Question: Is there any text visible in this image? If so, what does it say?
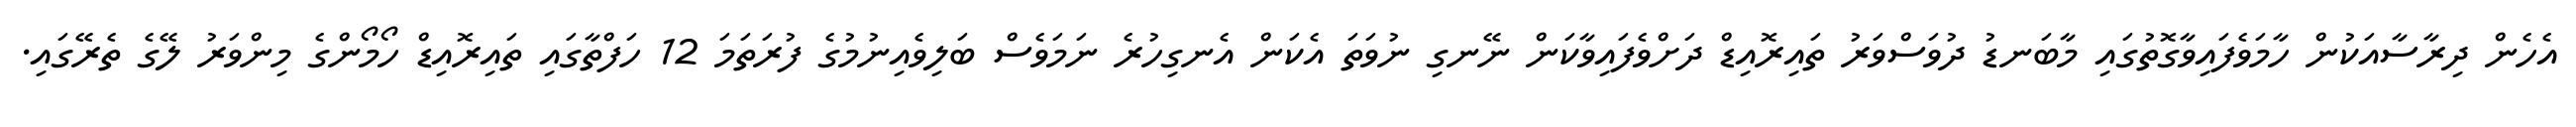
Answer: އެހެން ދިރާސާއަކުން ހާމަވެފައިވާގޮތުގައި މާބަނޑު ދުވަސްވަރު ތައިރޮއިޑް ދަށްވެފައިވާކަން ނޭނގި ނުވަތަ އެކަން އެނގިހުރެ ނަމަވެސް ބަލިވެއިނުމުގެ ފުރަތަމަ 12 ހަފްތާގައި ތައިރޮއިޑް ހޯމޯންގެ މިންވަރު ލޭގެ ތެރޭގައި.